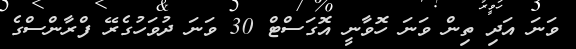
ވަނަ އަދި ތިން ވަނަ ހޮވާނީ އޮގަސްޓް 30 ވަނަ ދުވަހުގެރޭ ފްރާންސްގެ